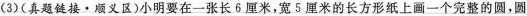
(3)(真题链接·顺义区)小明要在一张长6厘米，宽5厘米的长方形纸上画一个完整的圆，圆